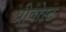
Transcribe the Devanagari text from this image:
प्रीवोस्ट